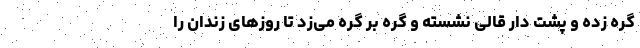
گره زده و پشت دار قالی نشسته و گره بر گره می‌زد تا روزهای زندان را